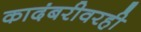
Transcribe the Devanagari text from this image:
कादंबरीवरही